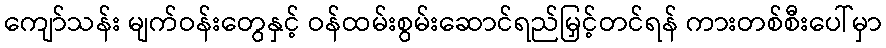
ကျော်သန်း မျက်ဝန်းတွေနှင့် ဝန်ထမ်းစွမ်းဆောင်ရည်မြှင့်တင်ရန် ကားတစ်စီးပေါ်မှာ